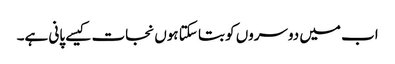
اب میں دوسروں کو بتا سکتا ہوں نجات کیسے پانی ہے۔